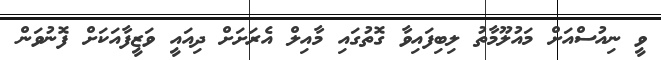
ވީ ނިއުސްއަށް މައުލޫމާތު ލިބިފައިވާ ގޮތުގައި މާއިލް އެރަށަށް ދިއައީ ވަޒީފާއަކަށް ފޮނުވަން